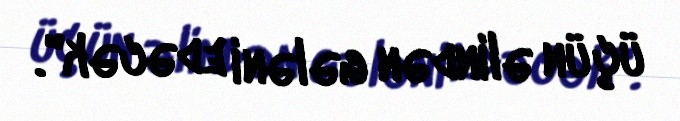
üçün əlindən gələni edəcək".